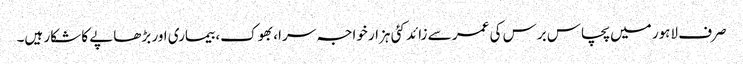
صرف لاہور میں پچاس برس کی عمر سے زائد کئی ہزار خواجہ سرا، بھوک، بیماری اور بڑھاپے کا شکار ہیں۔